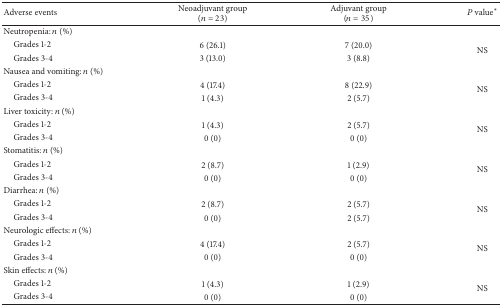
<table><thead><tr><td><b>Adverse events</b></td><td><b>Neoadjuvant group(<i>n</i> = 23)</b></td><td><b>Adjuvant group (<i>n</i> = 35)</b></td><td><b><i>P</i> value∗</b></td></tr></thead><tbody><tr><td>Neutropenia: <i>n</i> (%)</td><td> </td><td> </td><td> </td></tr><tr><td> Grades 1-2</td><td> 6 (26.1)</td><td> 7 (20.0)</td><td rowspan="2">NS</td></tr><tr><td> Grades 3-4</td><td> 3 (13.0)</td><td>3 (8.8)</td></tr><tr><td>Nausea and vomiting: <i>n</i> (%)</td><td> </td><td> </td><td> </td></tr><tr><td> Grades 1-2</td><td> 4 (17.4)</td><td> 8 (22.9)</td><td rowspan="2">NS</td></tr><tr><td> Grades 3-4</td><td>1 (4.3)</td><td>2 (5.7)</td></tr><tr><td>Liver toxicity: <i>n</i> (%)</td><td> </td><td> </td><td> </td></tr><tr><td> Grades 1-2</td><td>1 (4.3)</td><td>2 (5.7)</td><td rowspan="2">NS</td></tr><tr><td> Grades 3-4</td><td> 0 (0)</td><td> 0 (0)</td></tr><tr><td>Stomatitis: <i>n</i> (%)</td><td> </td><td> </td><td> </td></tr><tr><td> Grades 1-2</td><td>2 (8.7)</td><td> 1 (2.9)</td><td rowspan="2">NS</td></tr><tr><td> Grades 3-4</td><td> 0 (0)</td><td> 0 (0)</td></tr><tr><td>Diarrhea: <i>n</i> (%)</td><td> </td><td> </td><td> </td></tr><tr><td> Grades 1-2</td><td>2 (8.7)</td><td>2 (5.7)</td><td rowspan="2">NS</td></tr><tr><td> Grades 3-4</td><td> 0 (0)</td><td> 2 (5.7)</td></tr><tr><td>Neurologic effects: <i>n</i> (%)</td><td> </td><td> </td><td> </td></tr><tr><td> Grades 1-2</td><td> 4 (17.4)</td><td>2 (5.7)</td><td rowspan="2">NS</td></tr><tr><td> Grades 3-4</td><td> 0 (0)</td><td> 0 (0)</td></tr><tr><td>Skin effects: <i>n</i> (%)</td><td> </td><td> </td><td> </td></tr><tr><td> Grades 1-2</td><td> 1 (4.3)</td><td>1 (2.9)</td><td rowspan="2">NS</td></tr><tr><td> Grades 3-4</td><td> 0 (0)</td><td> 0 (0)</td></tr></tbody></table>